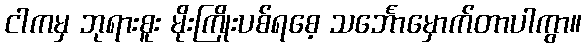
ငါကမှ ဘုရားစူး မိုးကြိုးပစ်ရစေ့ သင်္ဘောမှောက်တာပါကွာ။